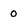
Character: 0